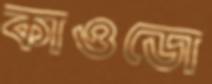
কাওডো